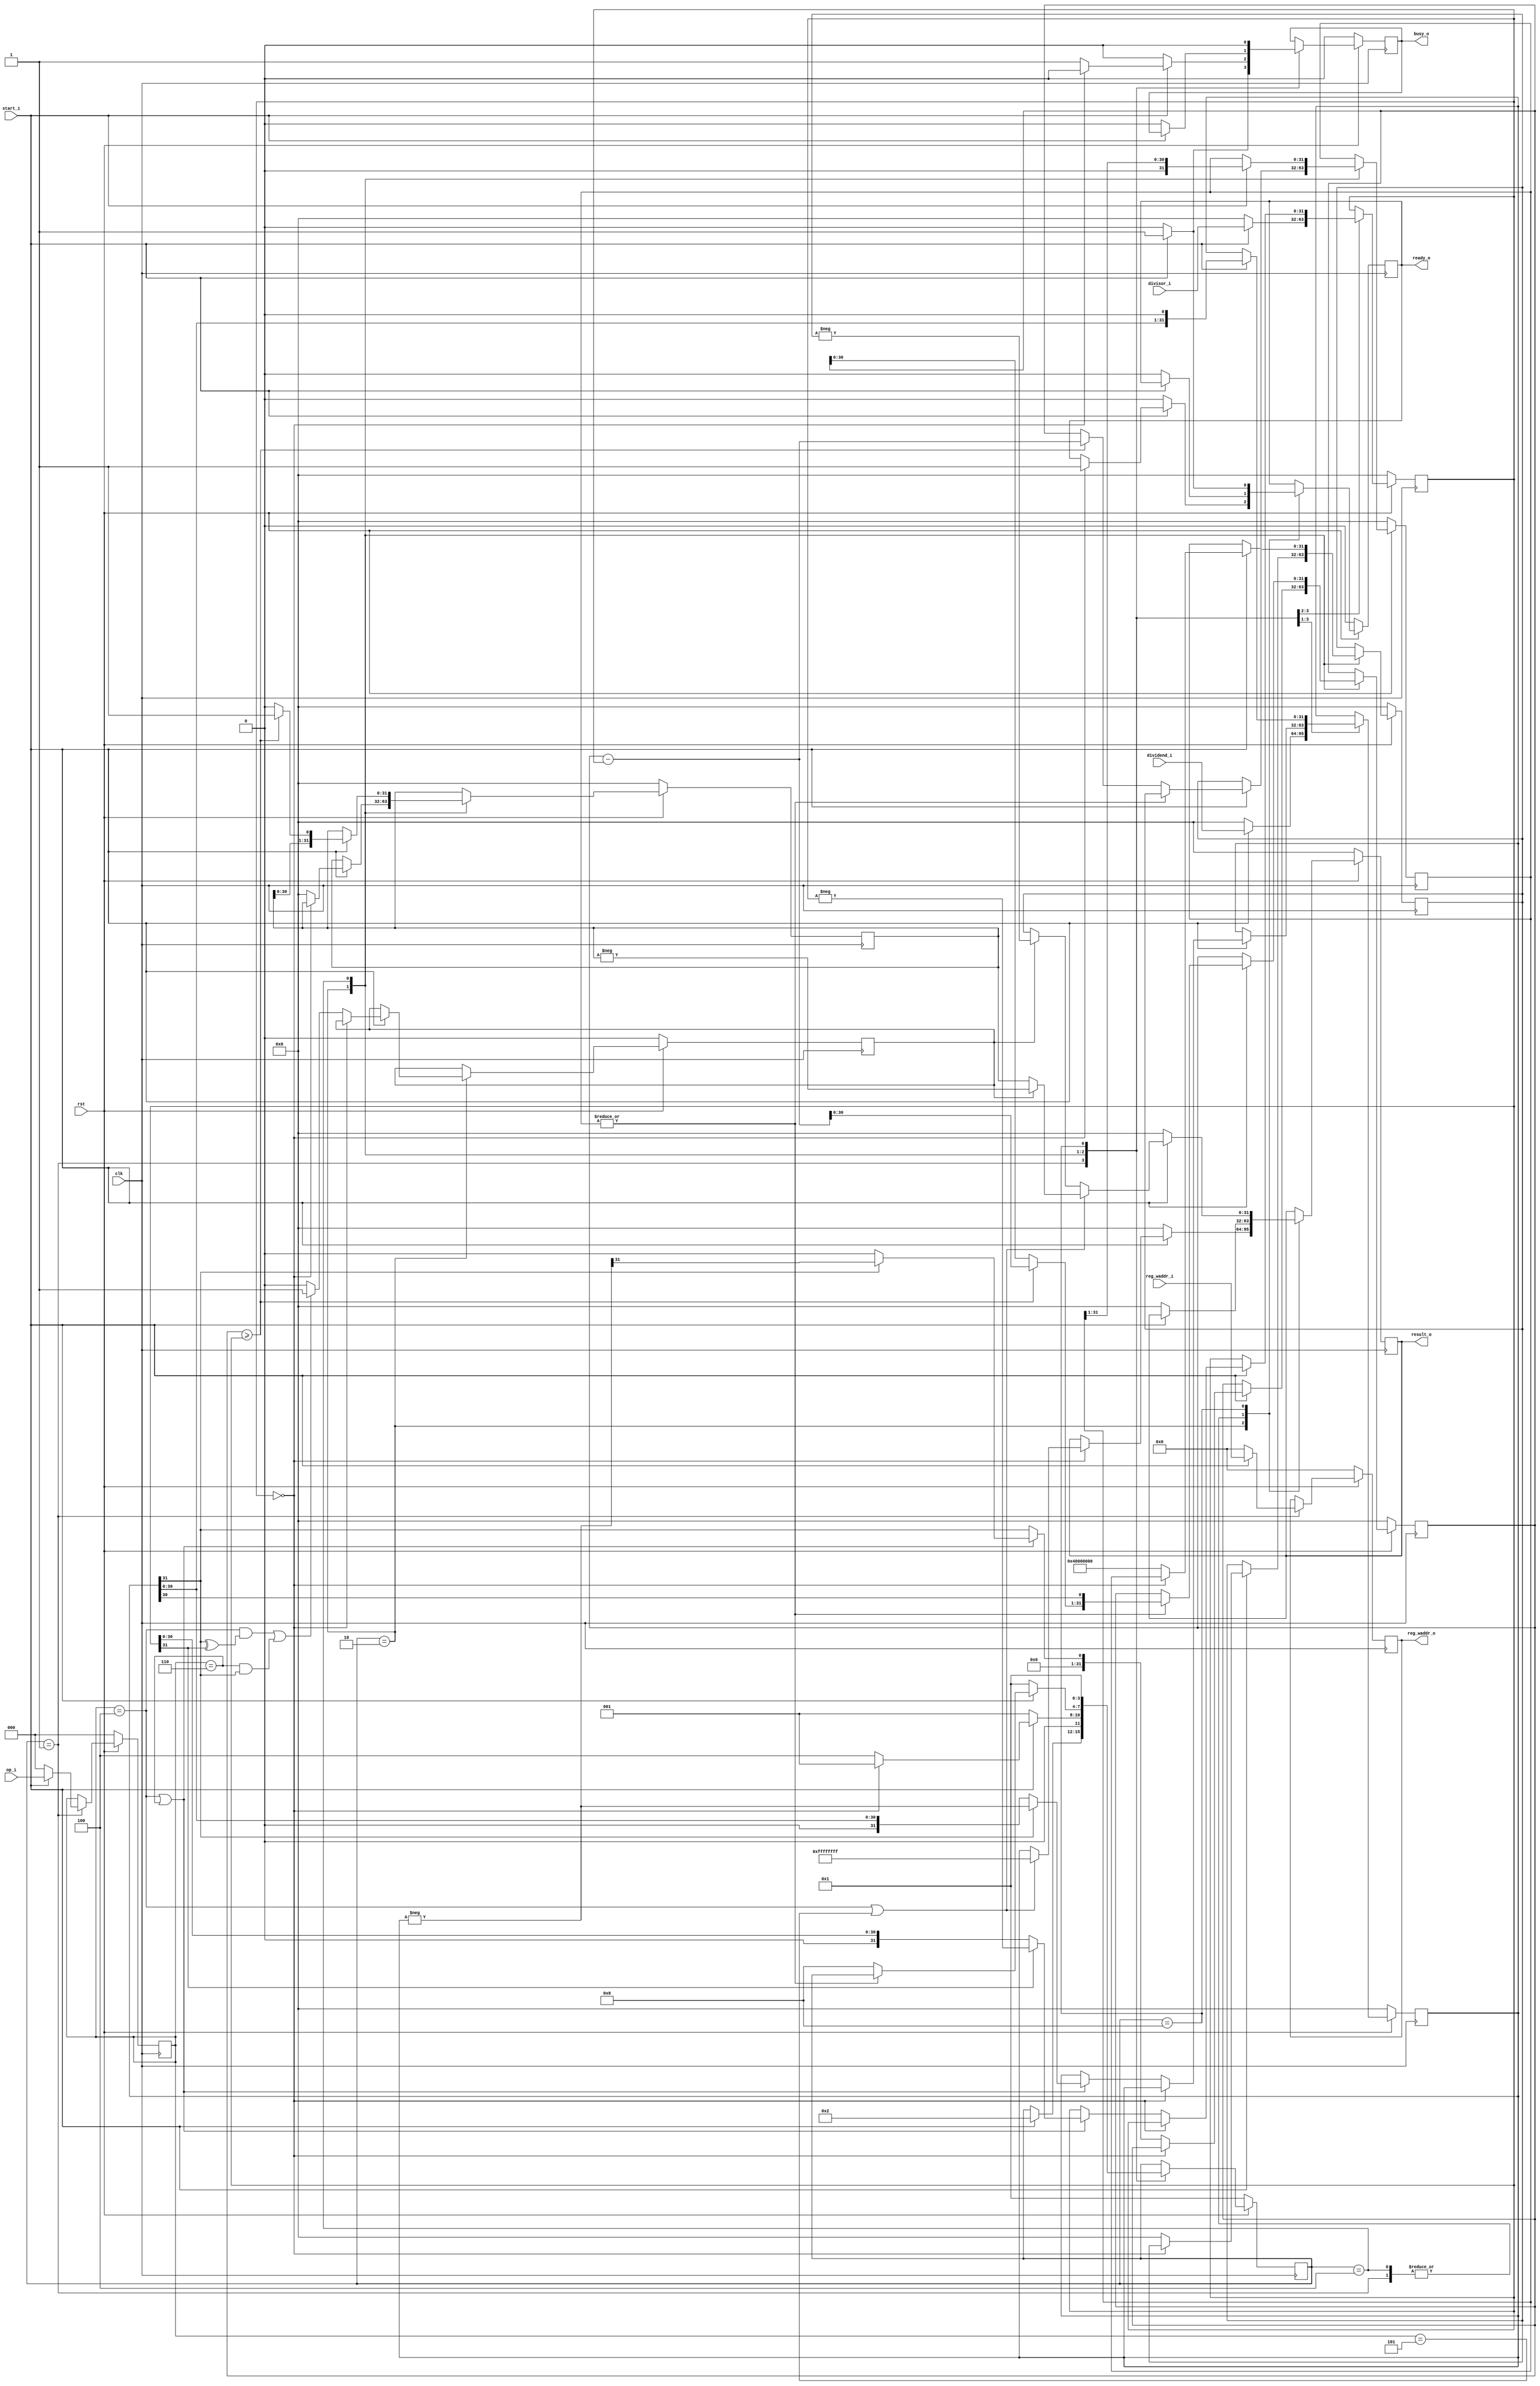
 /*                                                                      
 Copyright 2019 Blue Liang, liangkangnan@163.com
                                                                         
 Licensed under the Apache License, Version 2.0 (the "License");         
 you may not use this file except in compliance with the License.        
 You may obtain a copy of the License at                                 
                                                                         
     http://www.apache.org/licenses/LICENSE-2.0                          
                                                                         
 Unless required by applicable law or agreed to in writing, software    
 distributed under the License is distributed on an "AS IS" BASIS,       
 WITHOUT WARRANTIES OR CONDITIONS OF ANY KIND, either express or implied.
 See the License for the specific language governing permissions and     
 limitations under the License.                                          
 */
`define CpuResetAddr 32'h0

`define RstEnable 1'b0
`define RstDisable 1'b1
`define ZeroWord 32'h0
`define ZeroReg 5'h0
`define WriteEnable 1'b1
`define WriteDisable 1'b0
`define ReadEnable 1'b1
`define ReadDisable 1'b0
`define True 1'b1
`define False 1'b0
`define ChipEnable 1'b1
`define ChipDisable 1'b0
`define JumpEnable 1'b1
`define JumpDisable 1'b0
`define DivResultNotReady 1'b0
`define DivResultReady 1'b1
`define DivStart 1'b1
`define DivStop 1'b0
`define HoldEnable 1'b1
`define HoldDisable 1'b0
`define Stop 1'b1
`define NoStop 1'b0
`define RIB_ACK 1'b1
`define RIB_NACK 1'b0
`define RIB_REQ 1'b1
`define RIB_NREQ 1'b0
`define INT_ASSERT 1'b1
`define INT_DEASSERT 1'b0

`define INT_BUS 7:0
`define INT_NONE 8'h0
`define INT_RET 8'hff
`define INT_TIMER0 8'b00000001
`define INT_TIMER0_ENTRY_ADDR 32'h4

`define Hold_Flag_Bus   2:0
`define Hold_None 3'b000
`define Hold_Pc   3'b001
`define Hold_If   3'b010
`define Hold_Id   3'b011

// I type inst
`define INST_TYPE_I 7'b0010011
`define INST_ADDI   3'b000
`define INST_SLTI   3'b010
`define INST_SLTIU  3'b011
`define INST_XORI   3'b100
`define INST_ORI    3'b110
`define INST_ANDI   3'b111
`define INST_SLLI   3'b001
`define INST_SRI    3'b101

// L type inst
`define INST_TYPE_L 7'b0000011
`define INST_LB     3'b000
`define INST_LH     3'b001
`define INST_LW     3'b010
`define INST_LBU    3'b100
`define INST_LHU    3'b101

// S type inst
`define INST_TYPE_S 7'b0100011
`define INST_SB     3'b000
`define INST_SH     3'b001
`define INST_SW     3'b010

// R and M type inst
`define INST_TYPE_R_M 7'b0110011
// R type inst
`define INST_ADD_SUB 3'b000
`define INST_SLL    3'b001
`define INST_SLT    3'b010
`define INST_SLTU   3'b011
`define INST_XOR    3'b100
`define INST_SR     3'b101
`define INST_OR     3'b110
`define INST_AND    3'b111
// M type inst
`define INST_MUL    3'b000
`define INST_MULH   3'b001
`define INST_MULHSU 3'b010
`define INST_MULHU  3'b011
`define INST_DIV    3'b100
`define INST_DIVU   3'b101
`define INST_REM    3'b110
`define INST_REMU   3'b111

// J type inst
`define INST_JAL    7'b1101111
`define INST_JALR   7'b1100111

`define INST_LUI    7'b0110111
`define INST_AUIPC  7'b0010111
`define INST_NOP    32'h00000001
`define INST_NOP_OP 7'b0000001
`define INST_MRET   32'h30200073
`define INST_RET    32'h00008067

`define INST_FENCE  7'b0001111
`define INST_ECALL  32'h73
`define INST_EBREAK 32'h00100073

// J type inst
`define INST_TYPE_B 7'b1100011
`define INST_BEQ    3'b000
`define INST_BNE    3'b001
`define INST_BLT    3'b100
`define INST_BGE    3'b101
`define INST_BLTU   3'b110
`define INST_BGEU   3'b111

// CSR inst
`define INST_CSR    7'b1110011
`define INST_CSRRW  3'b001
`define INST_CSRRS  3'b010
`define INST_CSRRC  3'b011
`define INST_CSRRWI 3'b101
`define INST_CSRRSI 3'b110
`define INST_CSRRCI 3'b111

// CSR reg addr
`define CSR_CYCLE   12'hc00
`define CSR_CYCLEH  12'hc80
`define CSR_MTVEC   12'h305
`define CSR_MCAUSE  12'h342
`define CSR_MEPC    12'h341
`define CSR_MIE     12'h304
`define CSR_MSTATUS 12'h300
`define CSR_MSCRATCH 12'h340

`define RomNum 4096  // rom depth(how many words)

`define MemNum 4096  // memory depth(how many words)
`define MemBus 31:0
`define MemAddrBus 31:0

`define InstBus 31:0
`define InstAddrBus 31:0

// common regs
`define RegAddrBus 4:0
`define RegBus 31:0
`define DoubleRegBus 63:0
`define RegWidth 32
`define RegNum 32        // reg num
`define RegNumLog2 5

//`include "defines.v"

// 
// 32
// 33
module div(

    input wire clk,
    input wire rst,

    // from ex
    input wire[`RegBus] dividend_i,      // 
    input wire[`RegBus] divisor_i,       // 
    input wire start_i,                  // 
    input wire[2:0] op_i,                // 
    input wire[`RegAddrBus] reg_waddr_i, // 

    // to ex
    output reg[`RegBus] result_o,        // 3232
    output reg ready_o,                  // 
    output reg busy_o,                  // 
    output reg[`RegAddrBus] reg_waddr_o  // 

    );

    // 
    localparam STATE_IDLE  = 4'b0001;
    localparam STATE_START = 4'b0010;
    localparam STATE_CALC  = 4'b0100;
    localparam STATE_END   = 4'b1000;

    reg[`RegBus] dividend_r;
    reg[`RegBus] divisor_r;
    reg[2:0] op_r;
    reg[3:0] state;
    reg[31:0] count;
    reg[`RegBus] div_result;
    reg[`RegBus] div_remain;
    reg[`RegBus] minuend;
    reg invert_result;

    wire op_div = (op_r == `INST_DIV);
    wire op_divu = (op_r == `INST_DIVU);
    wire op_rem = (op_r == `INST_REM);
    wire op_remu = (op_r == `INST_REMU);

    wire[31:0] dividend_invert = (-dividend_r);
    wire[31:0] divisor_invert = (-divisor_r);
    wire minuend_ge_divisor = minuend >= divisor_r;
    wire[31:0] minuend_sub_res = minuend - divisor_r;
    wire[31:0] div_result_tmp = minuend_ge_divisor? ({div_result[30:0], 1'b1}): ({div_result[30:0], 1'b0});
    wire[31:0] minuend_tmp = minuend_ge_divisor? minuend_sub_res[30:0]: minuend[30:0];

    // 
    always @ (posedge clk) begin
        if (rst == `RstEnable) begin
            state <= STATE_IDLE;
            ready_o <= `DivResultNotReady;
            result_o <= `ZeroWord;
            div_result <= `ZeroWord;
            div_remain <= `ZeroWord;
            op_r <= 3'h0;
            reg_waddr_o <= `ZeroWord;
            dividend_r <= `ZeroWord;
            divisor_r <= `ZeroWord;
            minuend <= `ZeroWord;
            invert_result <= 1'b0;
            busy_o <= `False;
            count <= `ZeroWord;
        end else begin
            case (state)
                STATE_IDLE: begin
                    if (start_i == `DivStart) begin
                        op_r <= op_i;
                        dividend_r <= dividend_i;
                        divisor_r <= divisor_i;
                        reg_waddr_o <= reg_waddr_i;
                        state <= STATE_START;
                        busy_o <= `True;
                    end else begin
                        op_r <= 3'h0;
                        reg_waddr_o <= `ZeroWord;
                        dividend_r <= `ZeroWord;
                        divisor_r <= `ZeroWord;
                        ready_o <= `DivResultNotReady;
                        result_o <= `ZeroWord;
                        busy_o <= `False;
                    end
                end

                STATE_START: begin
                    if (start_i == `DivStart) begin
                        // 0
                        if (divisor_r == `ZeroWord) begin
                            if (op_div | op_divu) begin
                                result_o <= 32'hffffffff;
                            end else begin
                                result_o <= dividend_r;
                            end
                            ready_o <= `DivResultReady;
                            state <= STATE_IDLE;
                            busy_o <= `False;
                        // 0
                        end else begin
                            busy_o <= `True;
                            count <= 32'h40000000;
                            state <= STATE_CALC;
                            div_result <= `ZeroWord;
                            div_remain <= `ZeroWord;

                            // DIVREM
                            if (op_div | op_rem) begin
                                // 
                                if (dividend_r[31] == 1'b1) begin
                                    dividend_r <= dividend_invert;
                                    minuend <= dividend_invert[31];
                                end else begin
                                    minuend <= dividend_r[31];
                                end
                                // 
                                if (divisor_r[31] == 1'b1) begin
                                    divisor_r <= divisor_invert;
                                end
                            end else begin
                                minuend <= dividend_r[31];
                            end

                            // 
                            if ((op_div && (dividend_r[31] ^ divisor_r[31] == 1'b1))
                                || (op_rem && (dividend_r[31] == 1'b1))) begin
                                invert_result <= 1'b1;
                            end else begin
                                invert_result <= 1'b0;
                            end
                        end
                    end else begin
                        state <= STATE_IDLE;
                        result_o <= `ZeroWord;
                        ready_o <= `DivResultNotReady;
                        busy_o <= `False;
                    end
                end

                STATE_CALC: begin
                    if (start_i == `DivStart) begin
                        dividend_r <= {dividend_r[30:0], 1'b0};
                        div_result <= div_result_tmp;
                        count <= {1'b0, count[31:1]};
                        if (|count) begin
                            minuend <= {minuend_tmp[30:0], dividend_r[30]};
                        end else begin
                            state <= STATE_END;
                            if (minuend_ge_divisor) begin
                                div_remain <= minuend_sub_res;
                            end else begin
                                div_remain <= minuend;
                            end
                        end
                    end else begin
                        state <= STATE_IDLE;
                        result_o <= `ZeroWord;
                        ready_o <= `DivResultNotReady;
                        busy_o <= `False;
                    end
                end

                STATE_END: begin
                    if (start_i == `DivStart) begin
                        ready_o <= `DivResultReady;
                        state <= STATE_IDLE;
                        busy_o <= `False;
                        if (op_div | op_divu) begin
                            if (invert_result) begin
                                result_o <= (-div_result);
                            end else begin
                                result_o <= div_result;
                            end
                        end else begin
                            if (invert_result) begin
                                result_o <= (-div_remain);
                            end else begin
                                result_o <= div_remain;
                            end
                        end
                    end else begin
                        state <= STATE_IDLE;
                        result_o <= `ZeroWord;
                        ready_o <= `DivResultNotReady;
                        busy_o <= `False;
                    end
                end

            endcase
        end
    end

endmodule